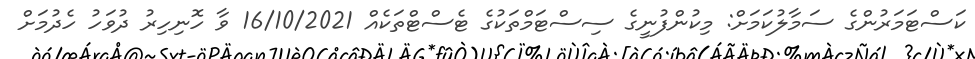
ކަސްޓަމަރުންގެ ސަމާލުކަމަށް: މިކުންފުނީގެ ސިސްޓަމްތަކުގެ ޓެސްޓްތަކެއް 16/10/2021 ވާ ހޮނިހިރު ދުވަހު ހެދުމަށް